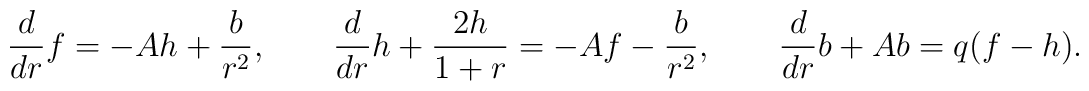
\frac{d}{dr}f= -Ah +{b\over r^2},\qquad\frac{d}{dr}h + \frac{2h}{1+r}= -Af - {b\over r^2},\qquad\frac{d}{dr}b +Ab=q(f-h).